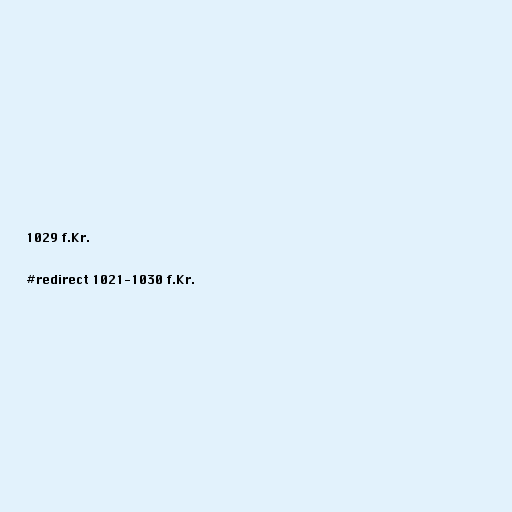
1029 f.Kr.

#redirect 1021-1030 f.Kr.